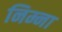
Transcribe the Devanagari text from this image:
निम्ना